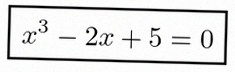
x^3-2x+5=0